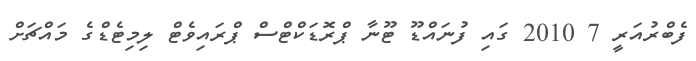
ފެބްރުއަރީ 7 2010 ގައި ފުނައްޑޫ ޓޫނާ ޕްރޮޑަކްޓްސް ޕްރައިވެޓް ލިމިޓެޑްގެ މައްޗަށް